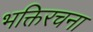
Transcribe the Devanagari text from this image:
भक्तिरचना